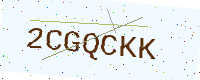
Text: 2CGQCKK